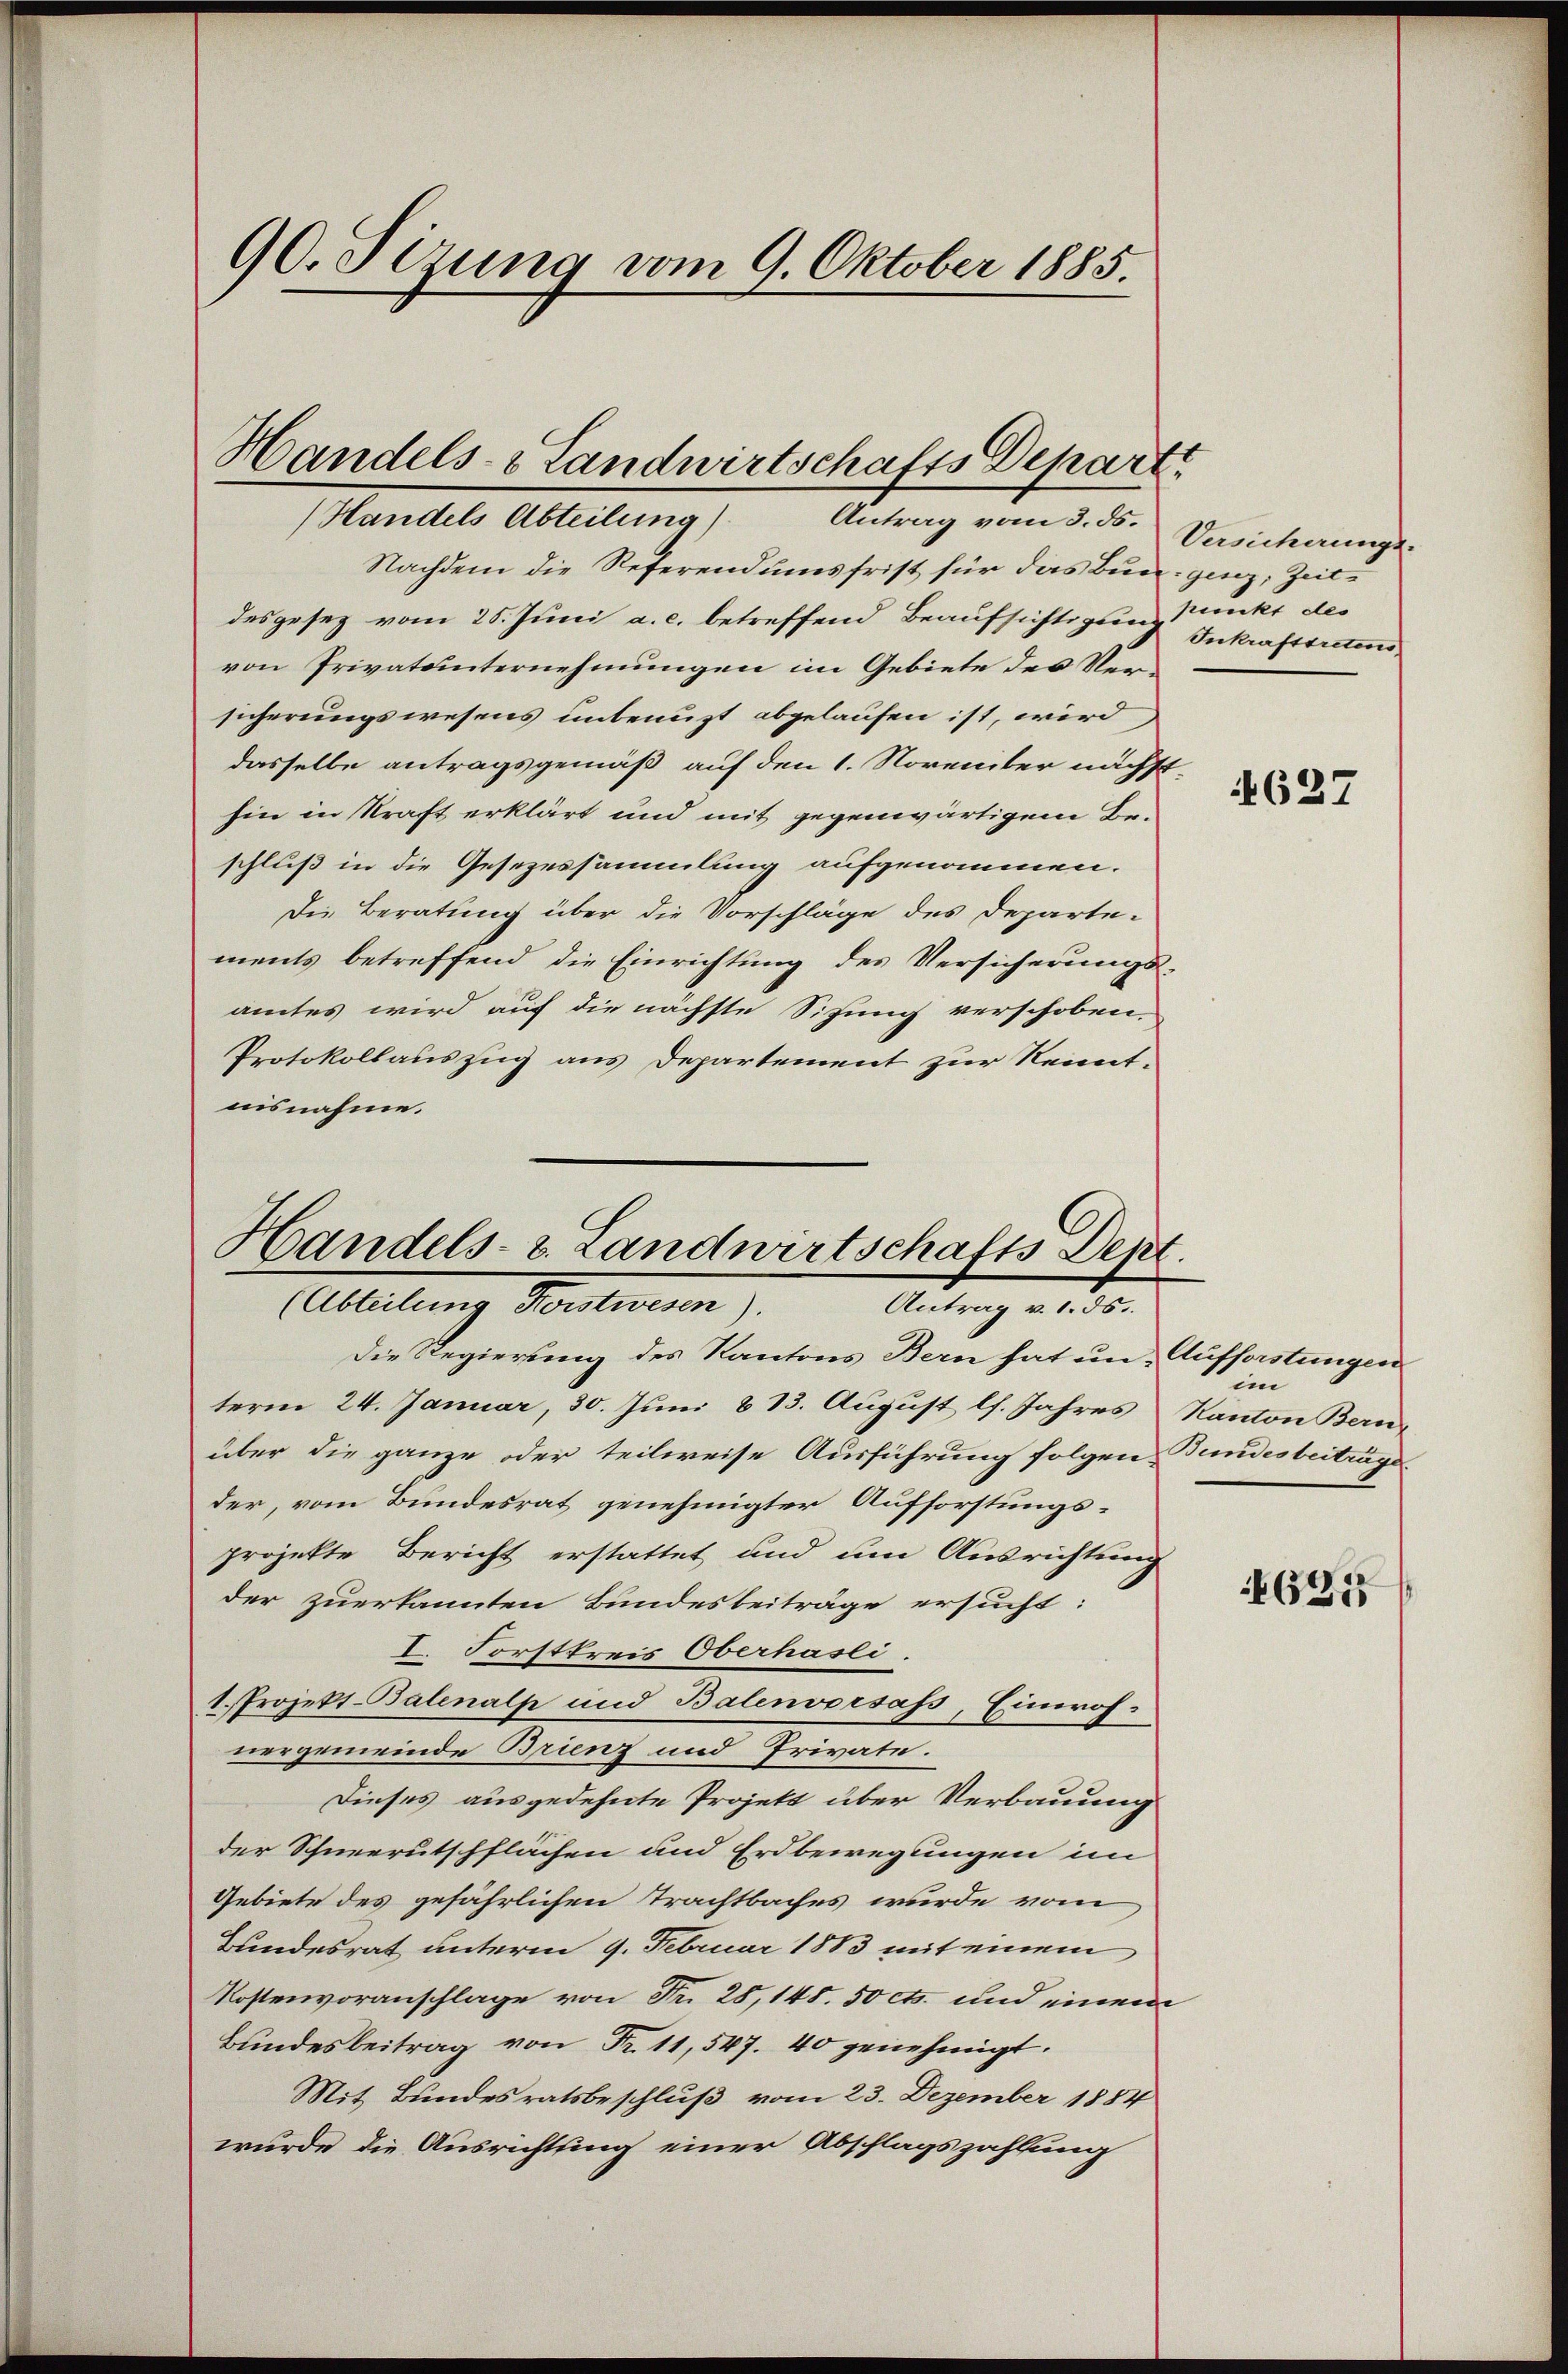
90. Sezung vom 9. Oktober 1885.

Handels- & Landwirtschafts Depart

Handels Abteilung)
Antrag vom 3. ds.
Nachdem die Referendumsfrist für das Bun- ging, Zeitdesgesez vom 25. Juni a. c. betreffend Beaufsichtigung Punkt des
von Privatunternehmungen im Gebiete des Versicherungswesens unbenuzt abgelaufen ist, wird
dasselbe antragsgemäß auf den 1. November nächsthin in Kraft erklärt und mit gegenwärtigem Beschluß in die Gesezessammlung aufgenommen.
Die Beratung über die Vorschläge des Departe-
ments betreffend die Einrichtung des Versicherungs-
amtes wird auf die nächste Sitzung verschoben.
Protokollauszug aus Departement zur Kenntnisnahme.

Handels- u. Landwirtschafts Dept.
Abteilung Mitten,
Antrag v. 1. ds.

Die Regierung des Kantons Bern hat um Aufforstungen
term 24. Januar, 30. Juni 813. August l. Jahres Kanton Bern
über die ganze oder teilweise Ausführung folgen Bundesbeiträge
der, vom Bundesrat genehmigter Aufforstungsprojekte Bericht erstattet und um Ausrichtung
der zuerkannten Bundesbeiträge ersucht:
I. Forstkreis Oberhasli.
1. Projekt-Balenalp und Balenvorsass, Einwohnergemeinde Brienz und Private.
Dieses ausgedehnte Projekt über Verbauung
der Schneerutschflächen und Erdbewegungen im
Gebiete des gefährlichen Trachtbaches wurde vom
Landesrat unterm 9. Februar 1883 mit einem
Kostenvoranschlage von Fr. 28,148. 50 cts. und einem
Bundesbeitrag von Fr. 11,547. 40 genehmigt.
Mit Bundesratsbeschluß vom 23. Dezember 1884
wurde die Ausrichtung einer Abschlagszahlung

Versicherungs-
Inkrafttretens

627

im

695